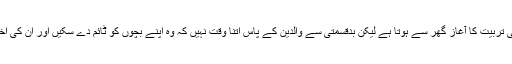
ظاہری بات ہے اخلاقی تربیت کا آغاز گھر سے ہوتا ہے لیکن بدقسمتی سے والدین کے پاس اتنا وقت نہیں کہ وہ اپنے بچوں کو ٹائم دے سکیں اور ان کی اخلاقی تربیت کر سکیں۔